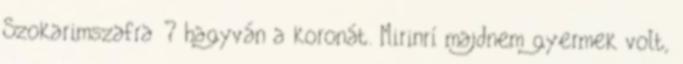
Szokarimszafra ? hagyván a koronát. Mirinrí majdnem gyermek volt,